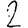
Digit: 2